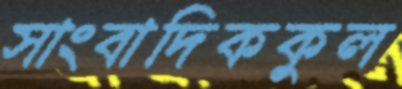
সাংবাদিককুল